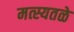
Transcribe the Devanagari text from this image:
मत्स्यतळे